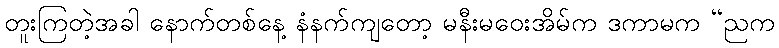
တူးကြတဲ့အခါ နောက်တစ်နေ့ နံနက်ကျတော့ မနီးမဝေးအိမ်က ဒကာမက “ညက